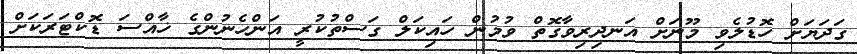
ގަދަޔަށް ހޮޑުލެވި މޫނަށް އަނދިރިވާގޮތް ވުމުން ހައިކަލް ގަސްތުކުރީ އަންހެނުންގެ ޚާއްސަ ޑޮކްޓަރަކަށް